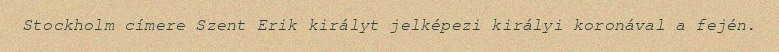
Stockholm címere Szent Erik királyt jelképezi királyi koronával a fején.